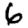
Digit: 6